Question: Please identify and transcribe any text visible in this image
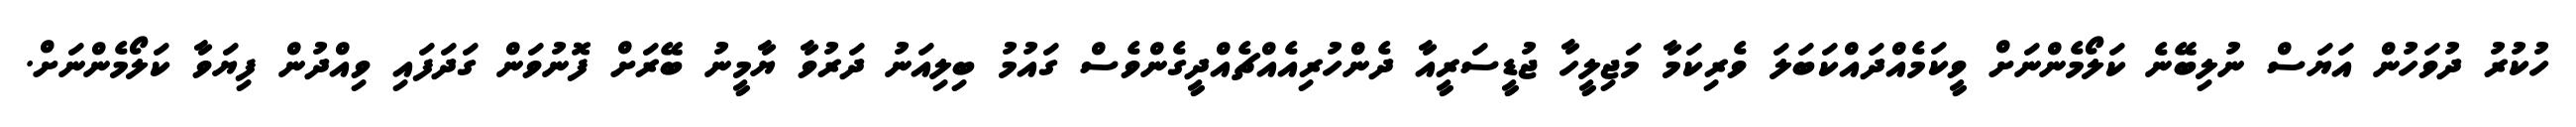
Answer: ހުކުރު ދުވަހުން އަޔަސް ނުލިބޭނެ ކަލޯމެންނަށް ވީކަމެއްދައްކަބަލަ ވެރިކަމާ މަޖިލީހާ ޖުޑީސަރީއާ ދެންހުރިއެއްޗެއްދީގެންވެސް ގައުމު ބިލިއަނު ދަރުވާ ޔާމީނު ބޭރަށް ފޮނުވަން ގަދަފައި ވިއްދުން ފިޔަވާ ކަލޯމެންނަށް.